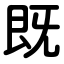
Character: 既